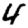
Digit: 4